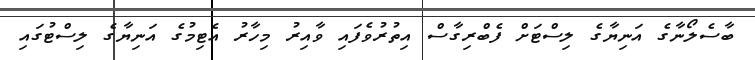
ބާސެލޯނާގެ އަނިޔާގެ ލިސްޓަށް ފެބްރިގާސް އިތުރުވެފައި ވާއިރު މިހާރު އެޓިމުގެ އަނިޔާގެ ލިސްޓުގައި